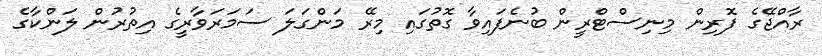
ރާއްޖޭގެ ފޮރިން މިނިސްޓްރީން ބުނެފައިވާ ގޮތުގައި މިރޭ މަންގަލަ ސަމަރަވާރީގެ އިތުރުން ލަންކާގެ